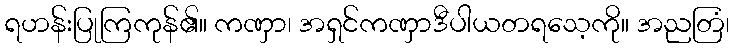
ရဟန်းပြုကြကုန်၏။ ကဏှာ၊ အရှင်ကဏှာဒီပါယတရသေ့ကို။ အညတြံ၊